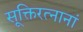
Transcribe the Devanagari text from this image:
सूक्तिरत्नानां